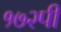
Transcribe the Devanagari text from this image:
१७२पी